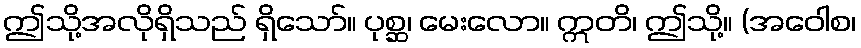
ဤသို့အလိုရှိသည် ရှိသော်။ ပုစ္ဆ၊ မေးလော။ ဣတိ၊ ဤသို့။ (အဝေါစ၊